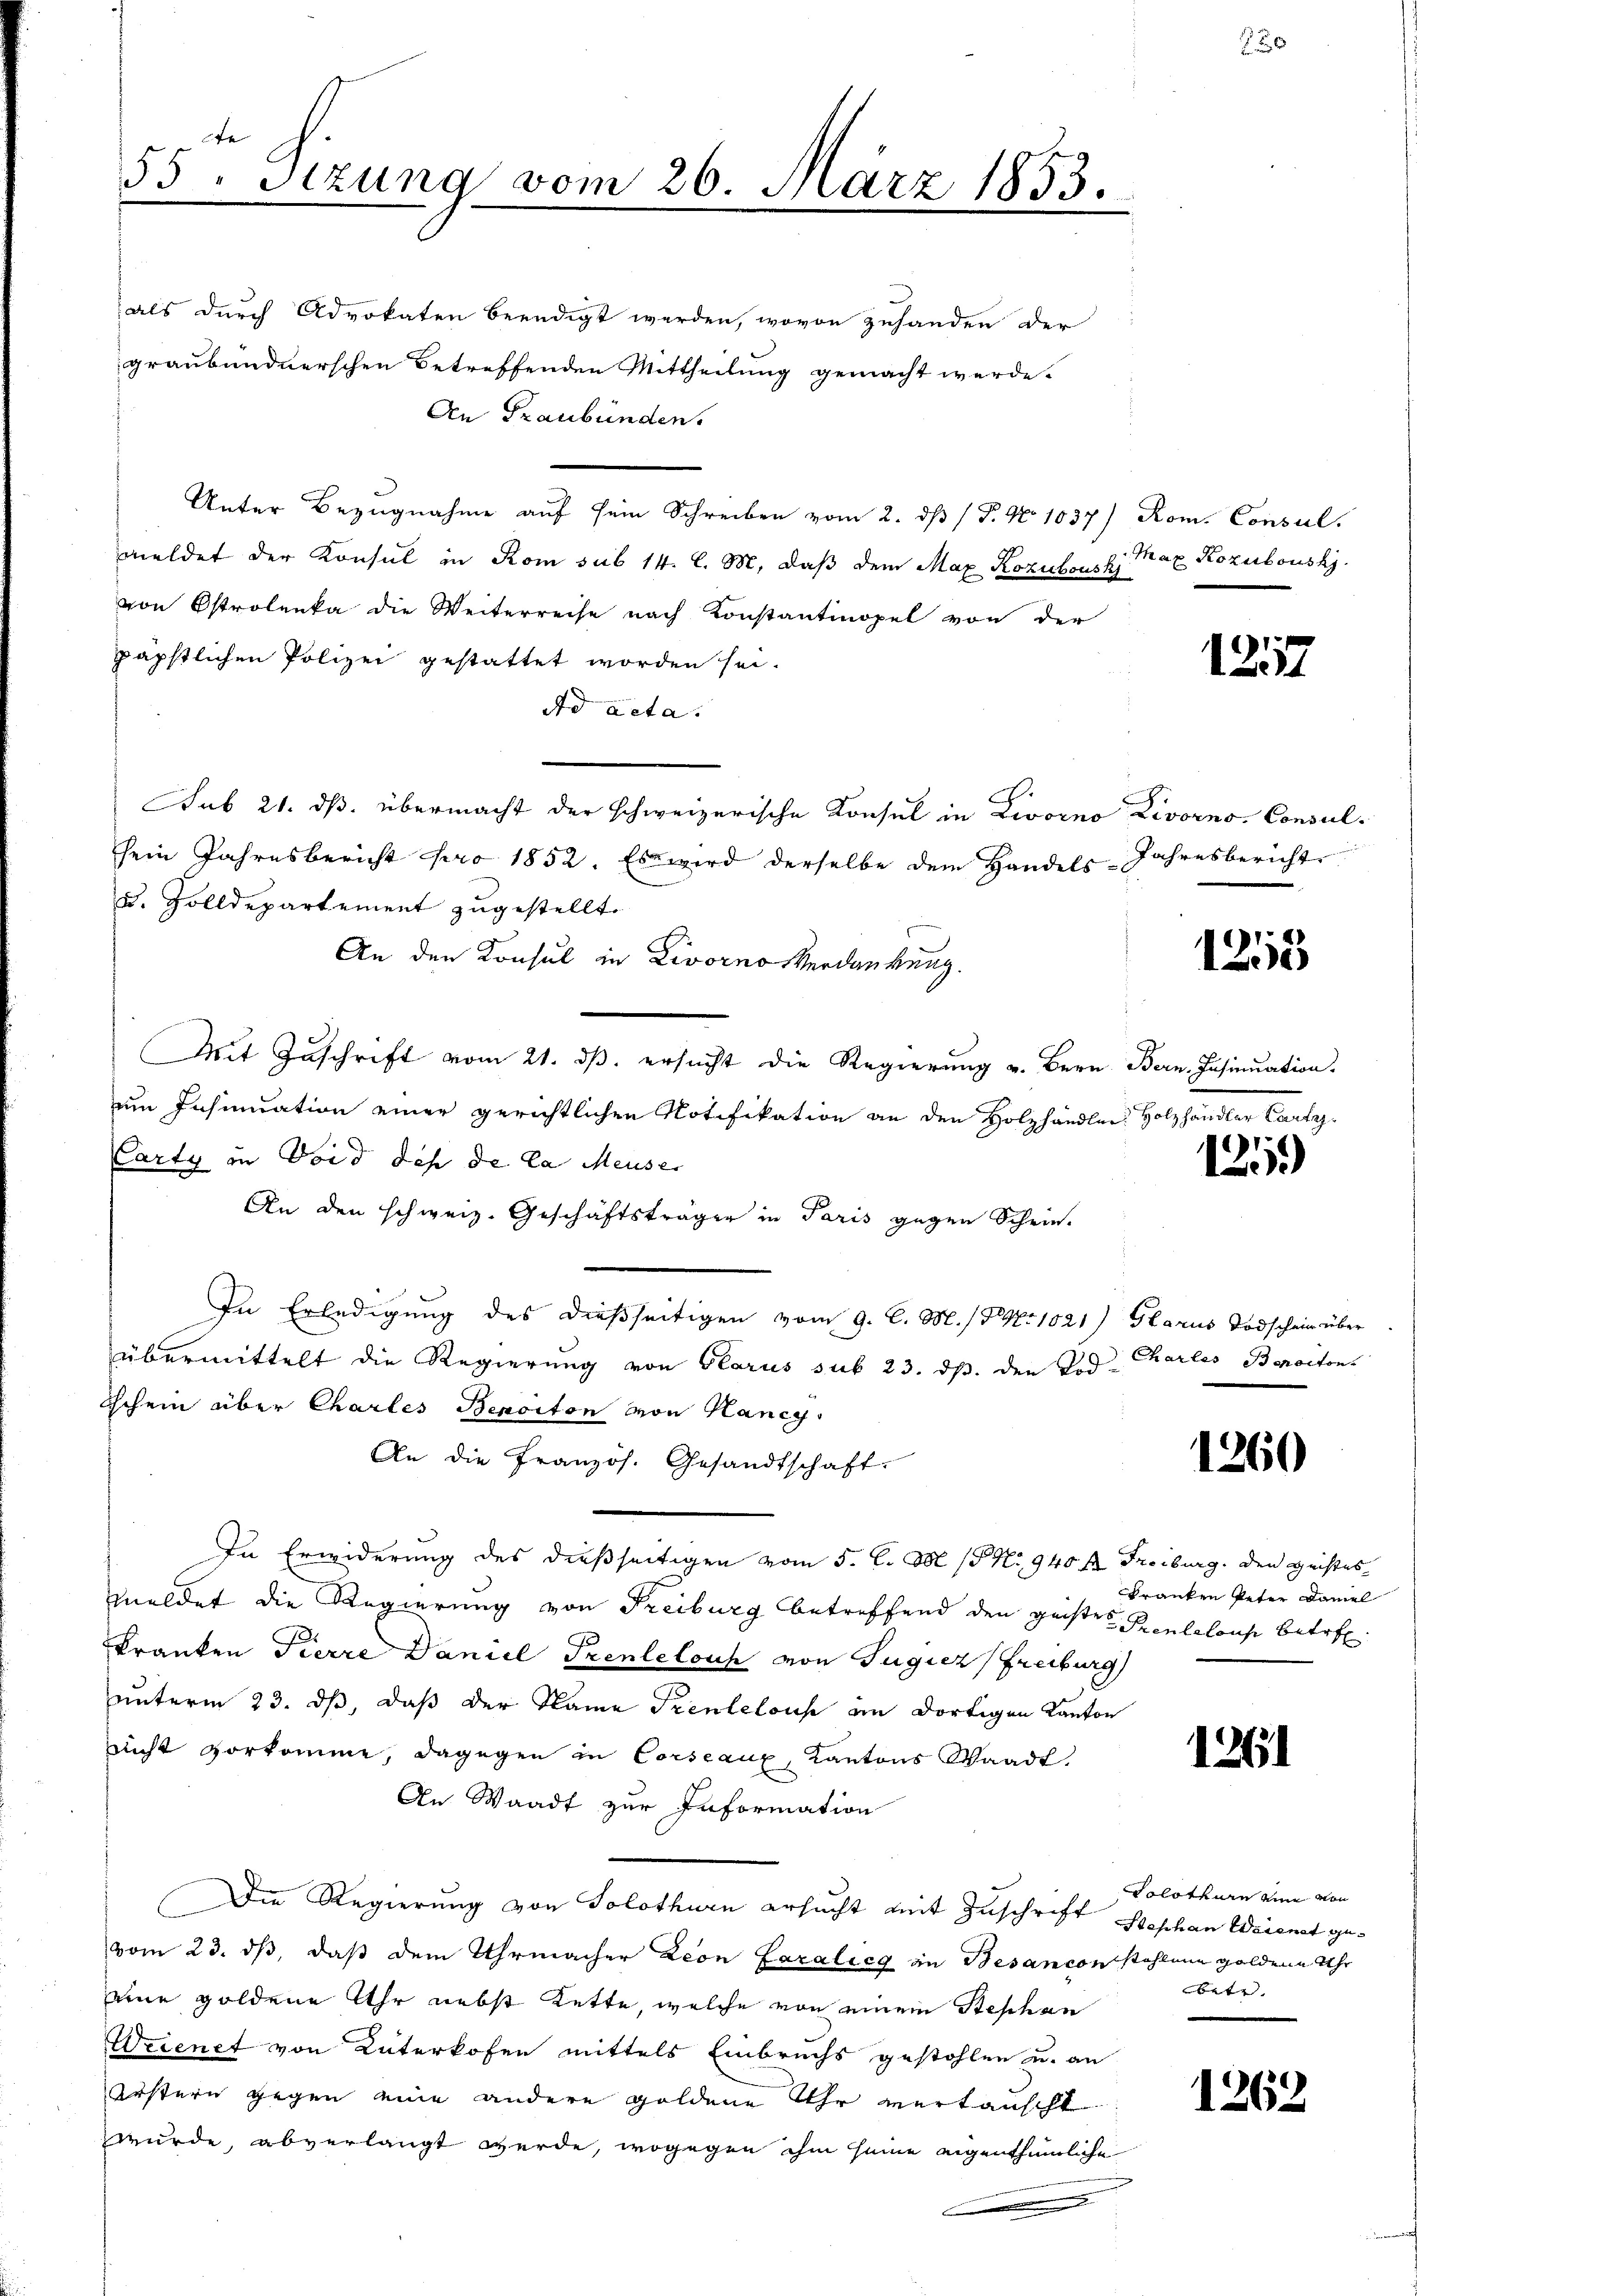
te
55. Sitzung vom 26. März 1853.

als durch Advokaten beendigt werden, wovon zuhanden der
graubündnerschen Betreffenden Mittheilung gemacht werde.
An Graubünden.
Unter Bezugnahme aŭf sein Schreiben vom 2. dβ / P. Nr. 1037) Rom. Consul
meldet der Konsul in Rom sub 14. l. M. daß dem Max Rozulous p Max Rozubousky.
von Estrolenka die Weiterreise nach Konstantmopel von der
päpstlichen Polizei gestattet worden sei.
ad acta.
E.
Sub 21. ds. übermacht der schweizerische Konsul in Liorno Livorno. Consul-
sein Jahresbericht pro 1852. Es wird derselbe dem Handels-Jahresbericht
u. Zolldepartement zugestellt.
An den Konsul in Livorno Verdankung.
Mit Zuschrift vom 21. ds. ersucht die Regierung v. Bern Bern Insinuation.
um Insinuation einer gerichtlichen Notifikation an den Holzhändler, Holzhändler Cartz
.
Carty in Vord des de la Meuse.
An den schweiz. Geschäftsträger in Paris gegen Schrie-
In Erledigung des dießseitigen vom 9. C. M. / No 1021) Glarus Todschein über
übermittelt die Regierung von Glarus sub 23. ds. den Tod. Charles Benoiton
Ichein über Chartes Bepoiton von Kancy,
An die Französ. Gesandtschaft.
In Erwiderung des dießseitigen vom 5. C. M. (§ No 940 f. Freiburg. Den Geistes
meldet die Regierung von Freiburg betreffend den geister Fronlalouse betrefkranken Pierre Daniel Prentelouch von Jugicz (Freiburg
unterm 23. ds, daß der Name Prentelouse im dortigen Kanton
nicht vorkomme, dagegen in Corseaux, Kantons Waadt,
An Waadt zur Information
Die Regierung von Solothurn ersucht mit Zuschrift Beschan Weienat gevom 23. ds, daß dem Uhrmacher Leon Coralicg an Besanconstahlene Goldene Uhr
eine goldene Uhr nebst Kette, welche von einem Stephan
Wecenet von Unterkofen mittels Einbruchs gestohlen u. an
Jüstern gegen eine andere Goldene Uhr vertauscht
wurde, abverlangt werde, wogegen ihm seine eigenthümliche
e

1257

1253

1
.

1260

Franken Peter Domel

1261

Solothurn eine von
betz |

1262